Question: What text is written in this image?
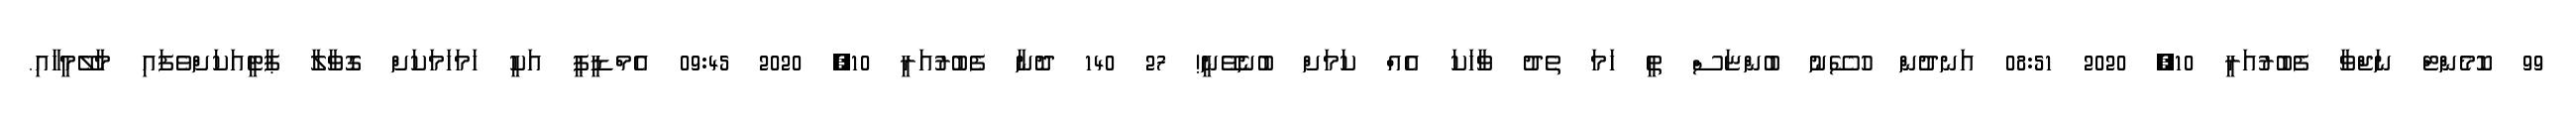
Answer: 99 ކޮމެންޓް ނަޖްވާ ފެބުރުއަރީ 10, 2020 08:51 އަނދުން ހުސޭނު ބުންޏަސް ތީ ހަމަ ތެދު ވާހަކަ އެއް ކަމަށް ބުނެވޭނީ! 27 140 ދޮނާ ފެބުރުއަރީ 10, 2020 09:45 އެމްޑީޕީ އަކީ ހަމަހަމަކަށް ގޮވާލާ ޕާޓީއަކަށްވެފައި މާލޭމީހާއި.